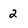
Character: 2